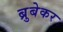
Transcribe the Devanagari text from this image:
ब्रुबेकर